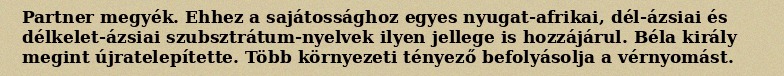
Partner megyék. Ehhez a sajátossághoz egyes nyugat-afrikai, dél-ázsiai és délkelet-ázsiai szubsztrátum-nyelvek ilyen jellege is hozzájárul. Béla király megint újratelepítette. Több környezeti tényező befolyásolja a vérnyomást.